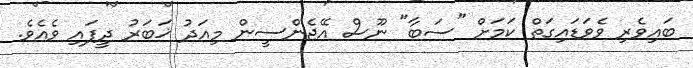
ބައިވެރި ވެވަޑައިގަތް ކަމަށް "ސަބާ" ނޫސް އޭޖެންސީން މިއަދު ޚަބަރު ދީފައި ވެއެވެ.